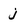
Character: j